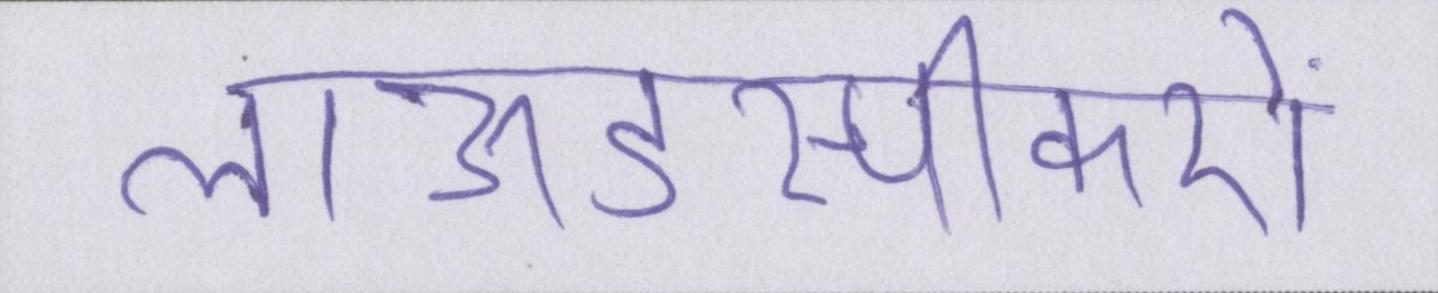
लाऊडस्पीकरों